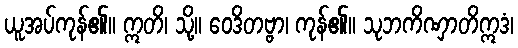
ယူအပ်ကုန်၏။ ဣတိ၊ သို့။ ဝေဒိတဗ္ဗာ၊ ကုန်၏။ သုဘကိဏှာတိဣဒံ၊